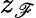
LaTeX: z_{\mathscr{F}}